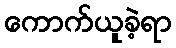
ကောက်ယူခဲ့ရာ